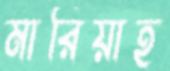
মারিয়াহ